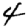
Digit: 4